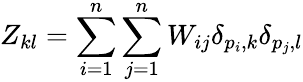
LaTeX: Z_{kl}=\sum_{i=1}^{n}\sum_{j=1}^{n}W_{ij}\delta_{p_{i},k}\delta_{p_{j},l}